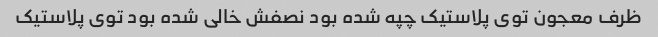
ظرف معجون توی پلاستیک چپه شده بود نصفش خالی شده بود توی پلاستیک